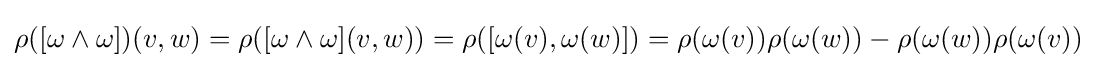
\rho ([\omega \wedge \omega ])(v,w)=\rho ([\omega \wedge \omega ](v,w))=\rho ([\omega (v),\omega (w)])=\rho (\omega (v))\rho (\omega (w))-\rho (\omega (w))\rho (\omega (v))